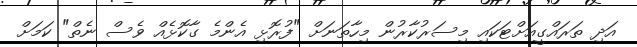
އަދި ތަރައްގީއަށްޓަކައި މިސަރުކާރުން މިހާތަނަށް "ފުރޮޅި އެންމެ ގާކޮޅެއް ވެސް ނެތް" ކަމަށް